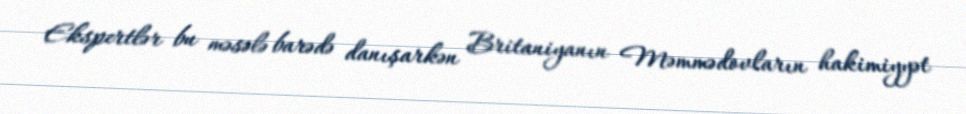
Ekspertlər bu məsələ barədə danışarkən Britaniyanın Məmmədovların hakimiyyət